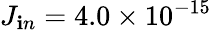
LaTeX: J_{\mathbf{i}n}=4.0\times10^{-15}